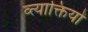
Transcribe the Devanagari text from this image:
व्त्याक्तियों